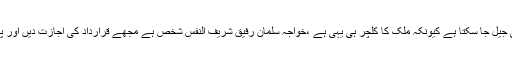
انہوں نے کہا کہ کوئی بھی جیل جا سکتا ہے کیونکہ ملک کا کلچر ہی یہی ہے ،خواجہ سلمان رفیق شریف النفس شخص ہے مجھے قرارداد کی اجازت دیں اور پروڈکشن آرڈر جاری کریں۔